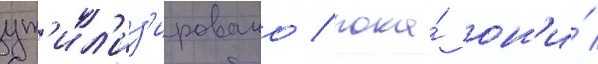
ут'ил'из'ировано / пока́ он'и́